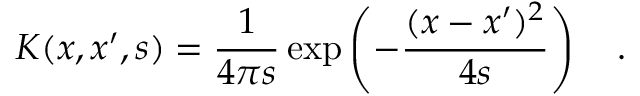
K ( x , x ^ { \prime } , s ) = { \frac { 1 } { 4 \pi s } } \exp \left( - { \frac { ( x - x ^ { \prime } ) ^ { 2 } } { 4 s } } \right) ~ ~ ~ .